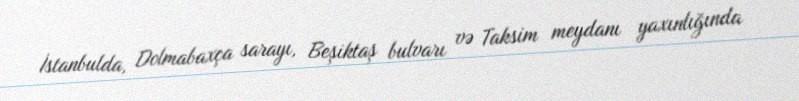
İstanbulda, Dolmabaxça sarayı, Beşiktaş bulvarı və Taksim meydanı yaxınlığında